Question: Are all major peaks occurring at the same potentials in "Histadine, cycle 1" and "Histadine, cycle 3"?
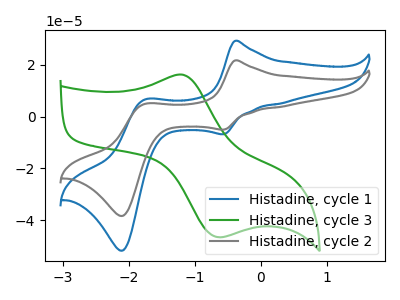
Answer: <think>The blue curve "Histadine, cycle 1" has anodic peaks at (-0.40V, 29.20uA) (-1.75V, 6.60uA) and cathodic peaks at (-0.55V, -6.85uA) (-2.10V, -51.75uA). The green curve "Histadine, cycle 3" has an anodic peak at (-1.15V, 16.10uA) and a cathodic peak at (-0.60V, -46.60uA). The gray curve "Histadine, cycle 2" has anodic peaks at (-0.40V, 21.65uA) (-1.75V, 4.90uA) and cathodic peaks at (-0.55V, -5.05uA) (-2.10V, -38.35uA).</think>
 <answer>No, "Histadine, cycle 1" and "Histadine, cycle 3" have a different number of peaks.</answer>
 <eval>different_amount</eval>